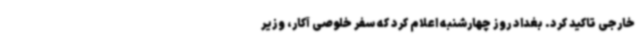
خارجی تاکید کرد. بغداد روز چهارشنبه اعلام کرد که سفر خلوصی آکار، وزیر